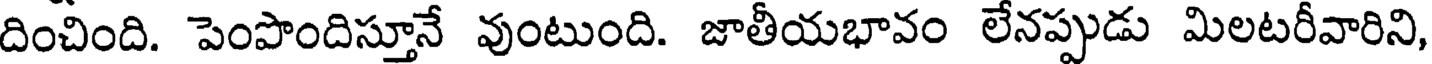
దించింది. పెంపొందిస్తూనే వుంటుంది. జాతీయభావం లేనప్పుడు మిలటరీవారిని,